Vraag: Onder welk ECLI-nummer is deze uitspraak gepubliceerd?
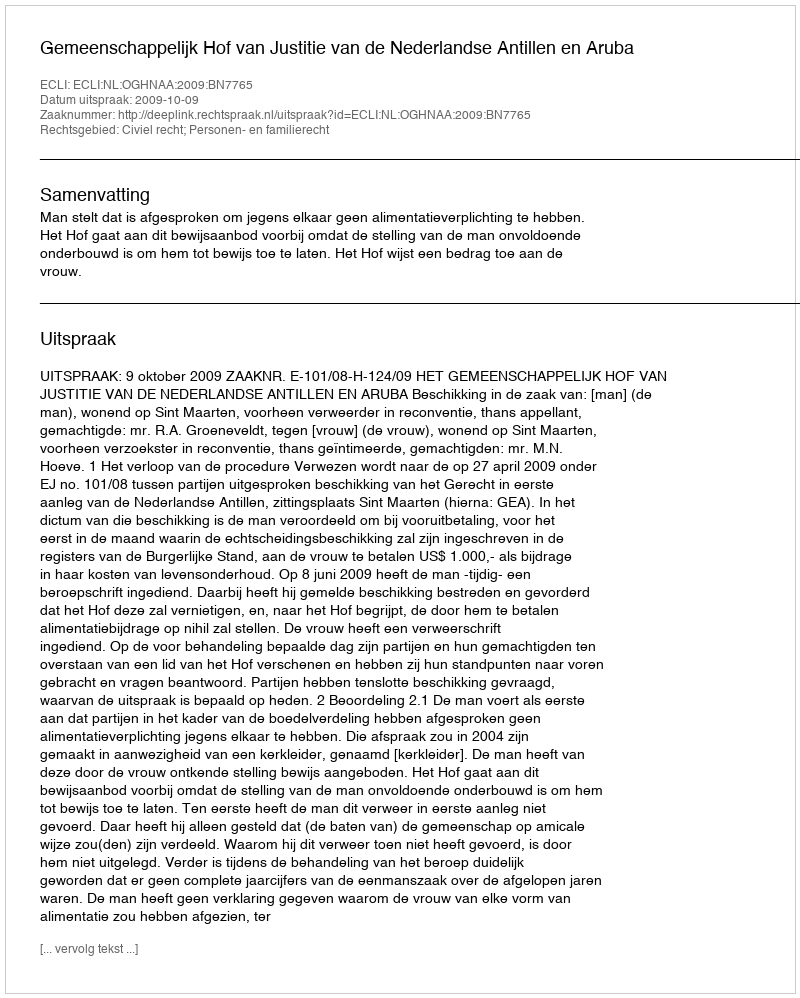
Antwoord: ECLI:NL:OGHNAA:2009:BN7765